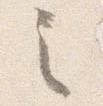
之